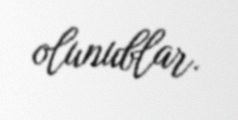
olunublar.